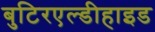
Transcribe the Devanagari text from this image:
बुटिरएल्डीहाइड